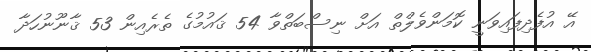
އޭ އުފެދިފައިވަނީ ކޮމަންވެލްތް އަށް ނިސްބަތްވާ 54 ޤައުމުގެ ތެރެއިން 53 ޤާނޫނުހަދާ